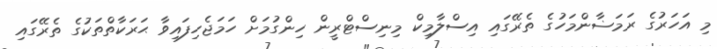
މި އަހަރުގެ ރަމަޟާންމަހުގެ ތެރޭގައި އިސްލާމިކް މިނިސްޓްރީން ހިންގުމަށް ހަމަޖެހިފައިވާ ޙަރަކާތްތަކުގެ ތެރޭގައި